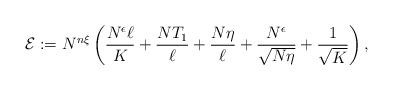
LaTeX: \begin{align*} \mathcal{E}:= N^{n\xi}\left(\frac{N^\epsilon\ell}{K}+\frac{NT_1}{\ell}+\frac{N\eta}{\ell}+\frac{N^\epsilon}{\sqrt{N\eta}}+\frac{1}{\sqrt{K}}\right), \end{align*}